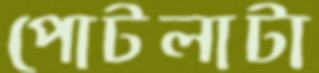
পোটলাটা